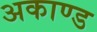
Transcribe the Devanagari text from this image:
अकाण्ड